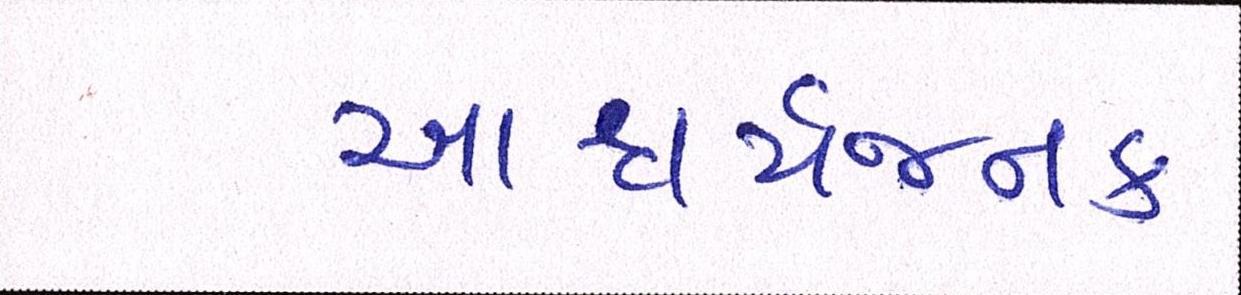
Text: આશ્ચર્યજનક